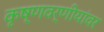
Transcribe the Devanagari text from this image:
कृष्णवर्णीयांवर